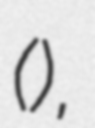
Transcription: (女人芸術),